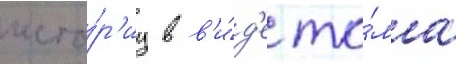
исто́р'иу в в'и́д'е то́ма